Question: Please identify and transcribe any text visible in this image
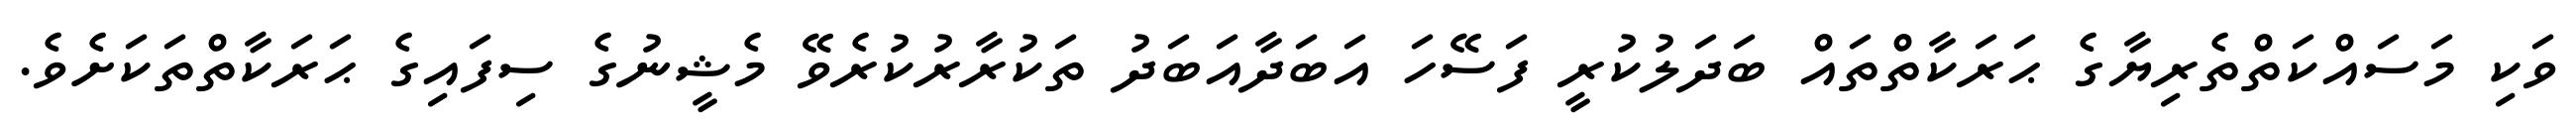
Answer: ވަކި މަސައްކަތްތެރިޔާގެ ޙަރަކާތްތައް ބަދަލުކުރީ ފަސޭހަ އަބަދާއަބަދު ތަކުރާރުކުރެވޭ މެޝީނުގެ ސިފައިގެ ޙަރަކާތްތަކަށެވެ.